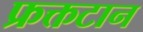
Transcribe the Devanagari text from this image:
फ्रक्तटान